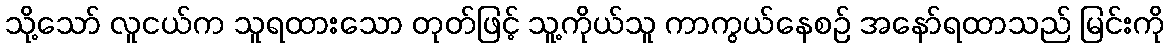
သို့သော် လူငယ်က သူရထားသော တုတ်ဖြင့် သူ့ကိုယ်သူ ကာကွယ်နေစဉ် အနော်ရထာသည် မြင်းကို